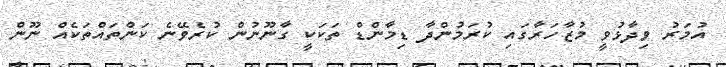
އުމަރު ވިދާޅުވީ މުޒާހަރާގައި ކުރަމުންދާ ޑިމާންޑް ތަކަކީ ގާނޫނުން ކުރެވޭނެ ކަންތައްތަކެއް ނޫން